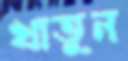
খাতুন